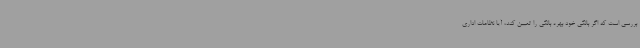
بررسی است که اگر بانکی خود بهره بانکی را تعیین کند، آیا نظامات اداری